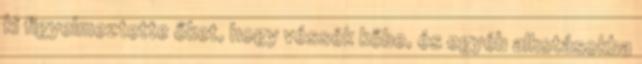
ki figyelmeztette őket, hogy véssék kőbe, és egyéb alkotásokba